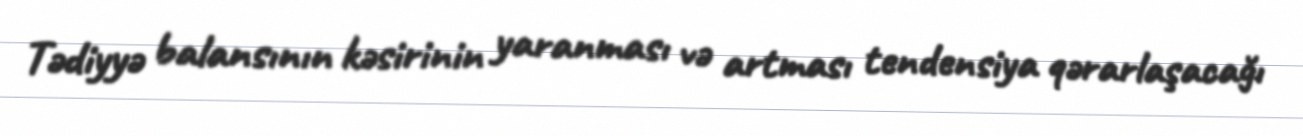
Tədiyyə balansının kəsirinin yaranması və artması tendensiya qərarlaşacağı